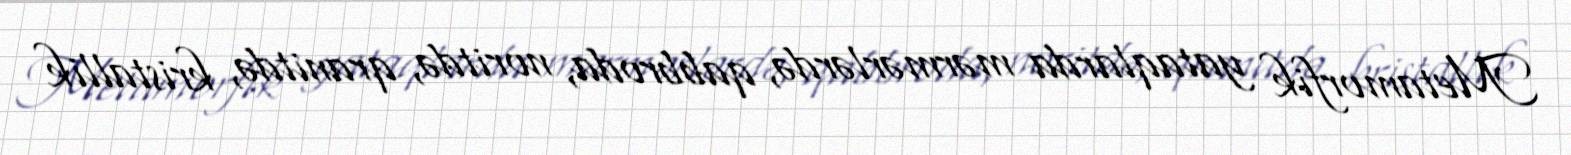
Metamorfik yataqlarda mərmərlərdə, qabbroda, noritdə, qranitdə, kristallik